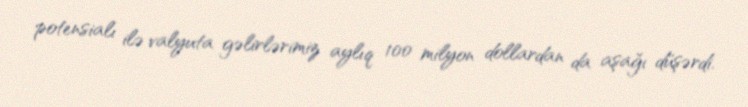
potensialı ilə valyuta gəlirlərimiz aylıq 100 milyon dollardan da aşağı düşərdi.